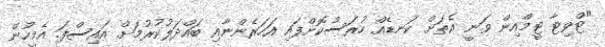
"ޓްވިޓާ ޓީމްއިން ވަނީ އެތަށް ކަނޑެއް ހުރަސްކޮށްފައި އަހަރެންނާއި ބައްދަލުކުރުމަށް އައިސްފަ. އެމީހުން